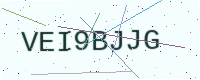
Text: VEI9BJJG